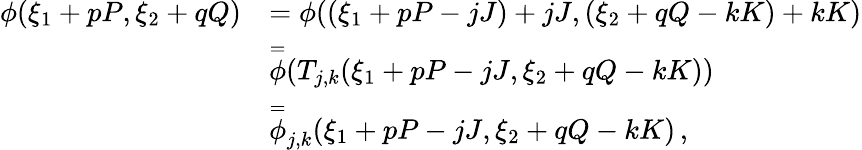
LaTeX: \begin{array}{rl}{\phi(\xi_{1}+pP,\xi_{2}+qQ)}&{=\phi((\xi_{1}+pP-jJ)+jJ,(\xi_{2}+qQ-kK)+kK)}\\ &{\overset{=}\phi(T_{j,k}(\xi_{1}+pP-jJ,\xi_{2}+qQ-kK))}\\ &{\overset{=}\phi_{j,k}(\xi_{1}+pP-jJ,\xi_{2}+qQ-kK)\, ,}\end{array}